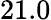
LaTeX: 21.0